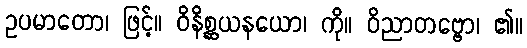
ဥပမာတော၊ ဖြင့်။ ဝိနိစ္ဆယနယော၊ ကို။ ဝိညာတဗ္ဗော၊ ၏။